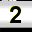
Digit: 2